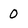
Character: 0